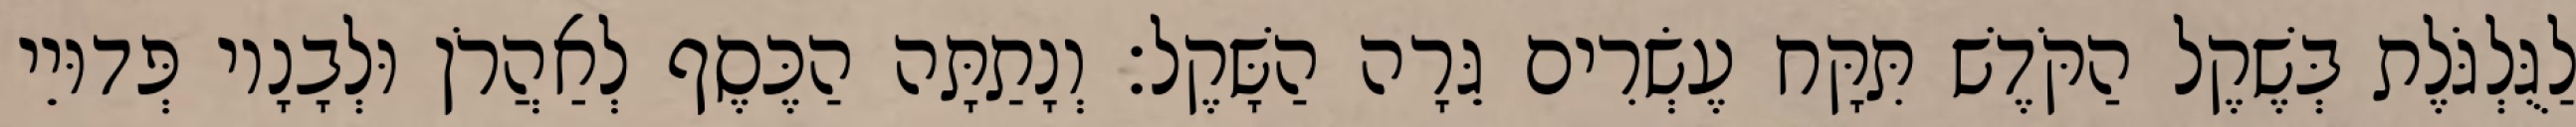
לַגֻּלְגֹּלֶת בְּשֶׁקֶל הַקֹּדֶשׁ תִּקָּח עֶשְׂרִים גֵּרָה הַשָּׁקֶל׃ וְנָתַתָּה הַכֶּסֶף לְאַהֲרֹן וּלְבָנָיו פְּדוּיֵי